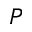
P